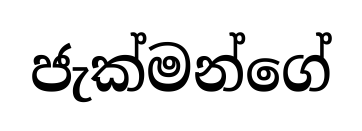
ජැක්මන්ගේ